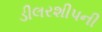
ડીલરશીપની